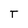
Character: T